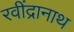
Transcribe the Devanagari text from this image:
रवींद्रानाथ